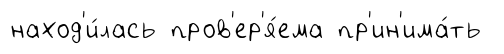
наход'и́лась пров'ер'я́ема пр'ин'има́ть